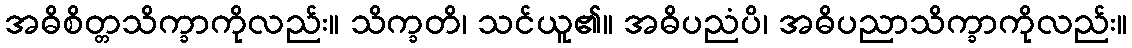
အဓိစိတ္တသိက္ခာကိုလည်း။ သိက္ခတိ၊ သင်ယူ၏။ အဓိပညံပိ၊ အဓိပညာသိက္ခာကိုလည်း။